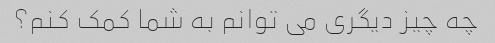
چه چیز دیگری می توانم به شما کمک کنم؟